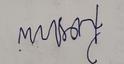
Signature authenticity: forged